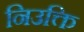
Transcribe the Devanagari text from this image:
निउक्ति